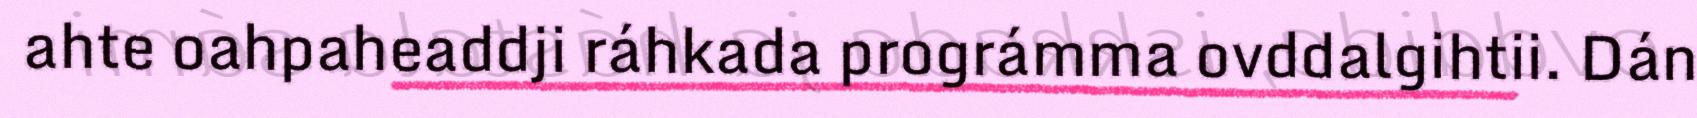
ahte oahpaheaddji ráhkada prográmma ovddalgihtii. Dán